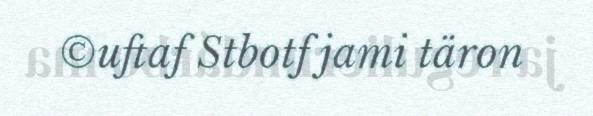
©uftaf Stbotf jami täron